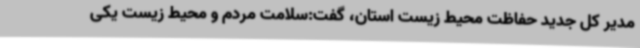
مدیر کل جدید حفاظت محیط زیست استان، گفت:سلامت مردم و محیط زیست یکی